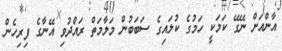
އާންއަށް ނޭގޭ ކަމަކީ ހަމުގެ ކުލައިގެ ސަބަބުން މަލާމަތް ރައްދުވި އޭނާގެ ފިރިހެން